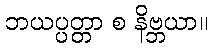
ဘယပ္ပတ္တာ စ နိဗ္ဘယာ။